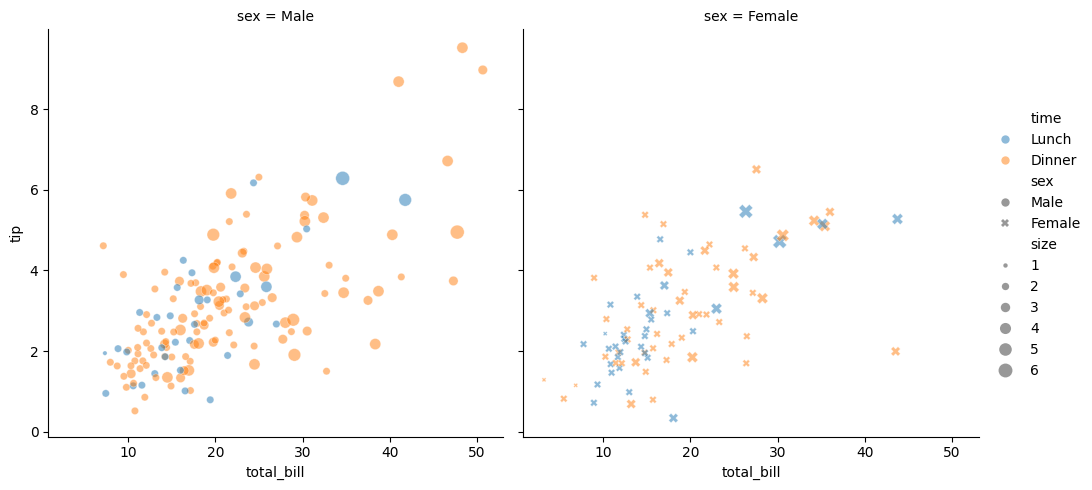
python, seaborn, relplot, alpha=0.5